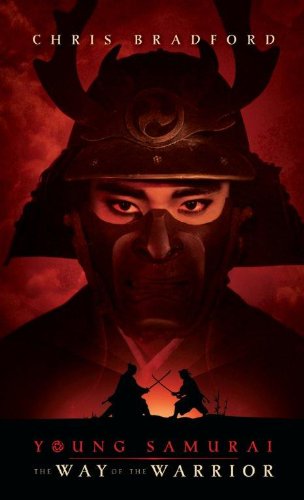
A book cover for Young Samurai: The Way Of The Warrior; Chris Bradford; Teen & Young Adult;